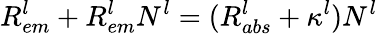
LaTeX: R_{em}^{l}+R_{em}^{l}N_{}^{l}=(R_{abs}^{l}+\kappa^{l})N_{}^{l}